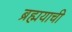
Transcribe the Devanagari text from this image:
ब्रह्मयाची